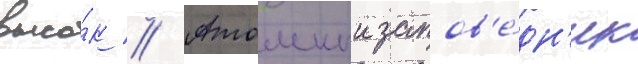
высо́к // Атомныи запов'е́дн'ик